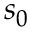
s _ { 0 }